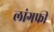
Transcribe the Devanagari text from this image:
लांगफी